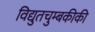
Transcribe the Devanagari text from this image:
विद्युतचुम्बकीकी